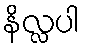
နိလ္လပါ